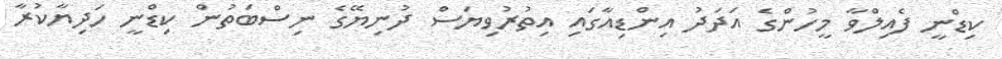
ކިޑްނީ ފެއިލްވާ މީހުންގެ އަދަދު އިންޑިއާގައި އިތުރުވިޔަސް ދުނިޔޭގެ ނިސްބަތުން ކިޑްނީ ހަދިޔާކުރާ